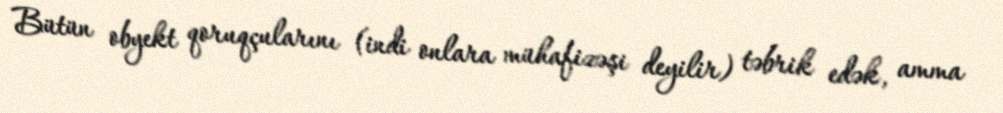
Bütün obyekt qoruqçularını (indi onlara mühafizəşi deyilir) təbrik edək, amma